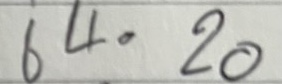
64 = 20